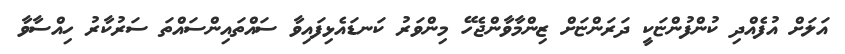
އަލަށް އުފެއްދި ކުންފުންޏަކީ ދަރަންޏަށް ޒިންމާވާންޖެހޭ މިންވަރު ކަނޑައެޅިފައިވާ ސައްތައިންސައްތަ ސަރުކާރު ހިއްސާވާ